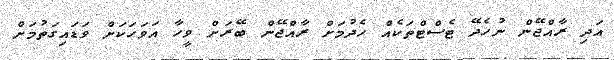
އަދި ރާއްޖޭން ނުހެދޭ ޓެސްޓްތަކެއް ހެދުމަށް ރާއްޖޭން ބޭރަށް ވީހާ އަވަހަކަށް ވަޑައިގަތުމަށް